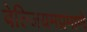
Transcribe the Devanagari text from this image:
बेल्जियमप्रमाणे